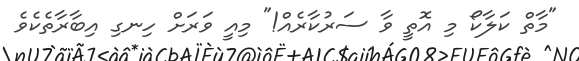
"މާތް ކަލާކޯ މި އޮތީ ވާ ސަރުކާރެއް!" މިއީ ވަރަށް ހިނގި އިބާރާތެކެވެ